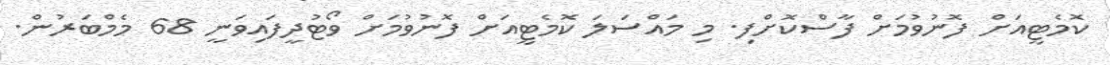
ކޮމެޓީއަށް ފޮނުވުމަށް ފާސްކޮށްފި. މި މައްސަލަ ކޮމެޓީއަށް ފޮނުވުމަށް ވޯޓުދީފައިވަނީ 68 މެމްބަރުން.